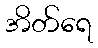
အိတ်ရေ